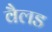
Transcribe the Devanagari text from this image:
वैलड